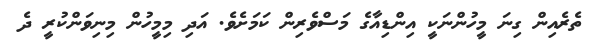
ތެރެއިން ގިނަ މީހުންނަކީ އިންޑިއާގެ މަސްވެރިން ކަމަށެވެ. އަދި މިމީހުން މިނިވަންކުރީ ދެ